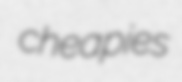
cheapies